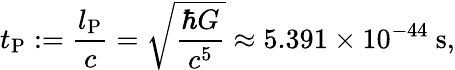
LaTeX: t_{\mathrm{P}}:=\frac{l_{\mathrm{P}}}{c}=\sqrt{\frac{\hbar G}{c^{5}}}\approx 5.391\times 10^{-44}\ \mathrm{s},